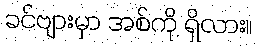
ခင်ဗျားမှာ အစ်ကို ရှိလား။